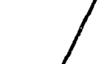
/